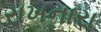
રાખનારા